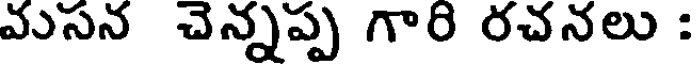
వసన చెన్నప్ప గారి రచనలు :